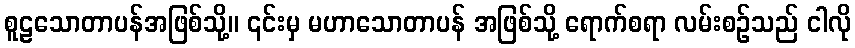
စူဠသောတာပန်အဖြစ်သို့။ ၎င်းမှ မဟာသောတာပန် အဖြစ်သို့ ရောက်စရာ လမ်းစဉ်သည် ငါလို